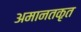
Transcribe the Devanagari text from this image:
अमानतकृत